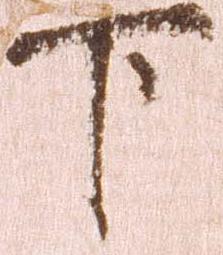
下